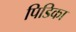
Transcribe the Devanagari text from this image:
पिडिका